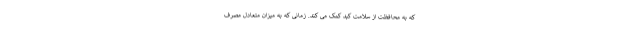
که به محافظت از سلامت کبد کمک می کند. زمانی که به میزان متعادل مصرف